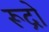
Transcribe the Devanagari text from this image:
रूद्रो